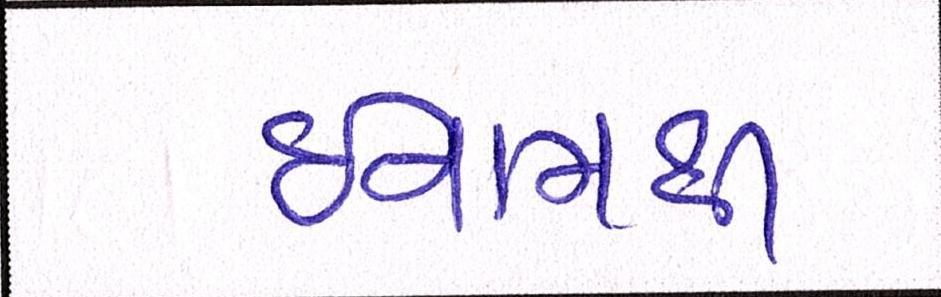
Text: ઈનામથી